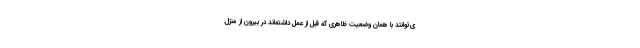
ی‌توانند با همان وضعیت ظاهری که قبل از عمل داشته‌اند در بیرون از منزل